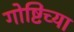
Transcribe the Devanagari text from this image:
गोष्टिंच्या